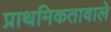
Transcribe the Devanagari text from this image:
प्राथमिकतावाले